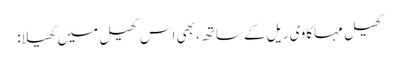
کھیل مہاکاوی ریل کے ساتھ، بھی اس کھیل میں کھیلا: